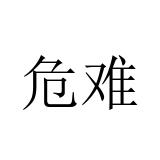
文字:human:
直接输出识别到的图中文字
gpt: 危难